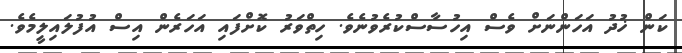
ކަން ޚުދު އަހަންނަށް ވެސް އިހުސާސްކުރެވުނެވެ. ހިތްވަރު ކޮށްފައި އަހަރެން އިސް އުފުލައިލީމެވެ.